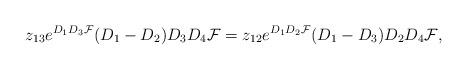
LaTeX: \begin{align*} z_{13}e^{D_1D_3{\cal F}}(D_1-D_2)D_3D_4{\cal F} =z_{12}e^{D_1D_2{\cal F}}(D_1-D_3)D_2D_4{\cal F},\end{align*}